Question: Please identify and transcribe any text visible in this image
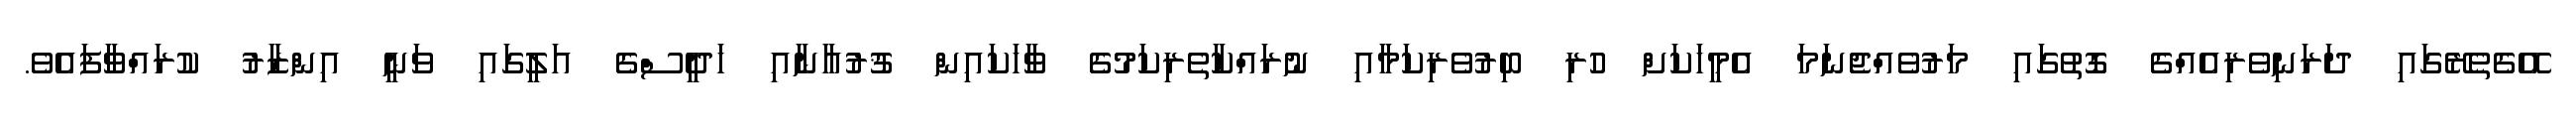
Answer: އޭގެތެރޭގައި ދަރަނިވެރިއެއްގެ ގޮތުގައި މަރުވެއްޖެނަމަ އެމީހަކަށް ހުރި ބިރުވެރިކަމާއި ނުރައްކާތެރިކަމުގެ ވާހަކައިން ޤުރުއާނާއި ހަދީސްގެ އަލީގައި ވަނީ އިންޒާރު ކުރައްވާފައެވެ.